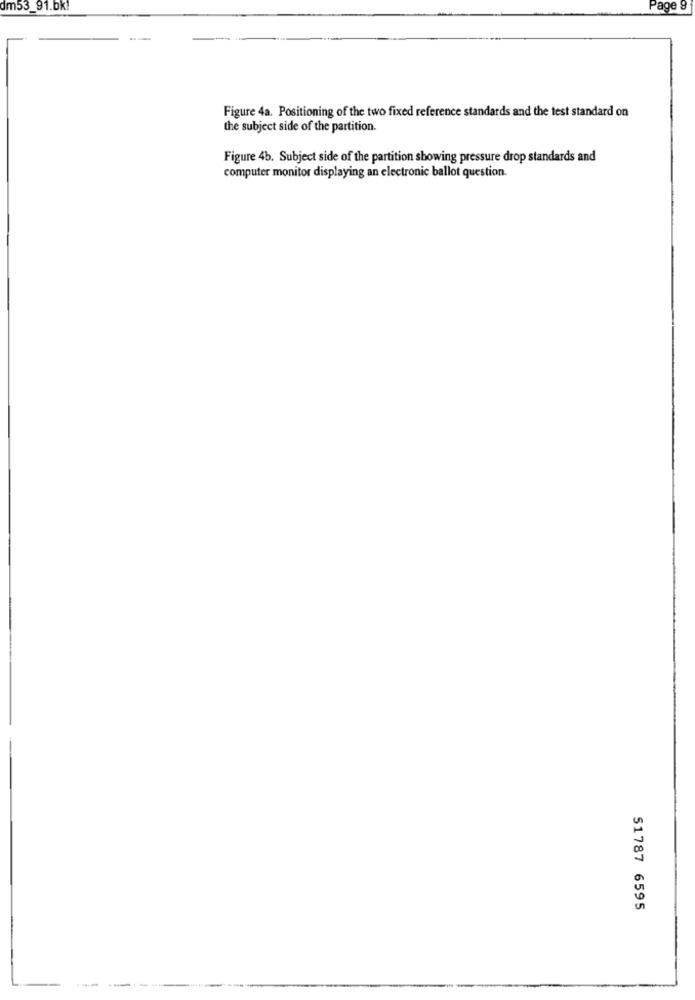
dm53_91.bk!
Page 9
Figure 4a. Positioning of the two fixed reference standards and the test standard on
the subject side of the partition.
Figure 4b. Subject side of the partition showing pressure drop standards and
computer monitor displaying an electronic ballot question.
51787 6595